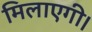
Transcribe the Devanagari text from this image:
मिलाएगी।